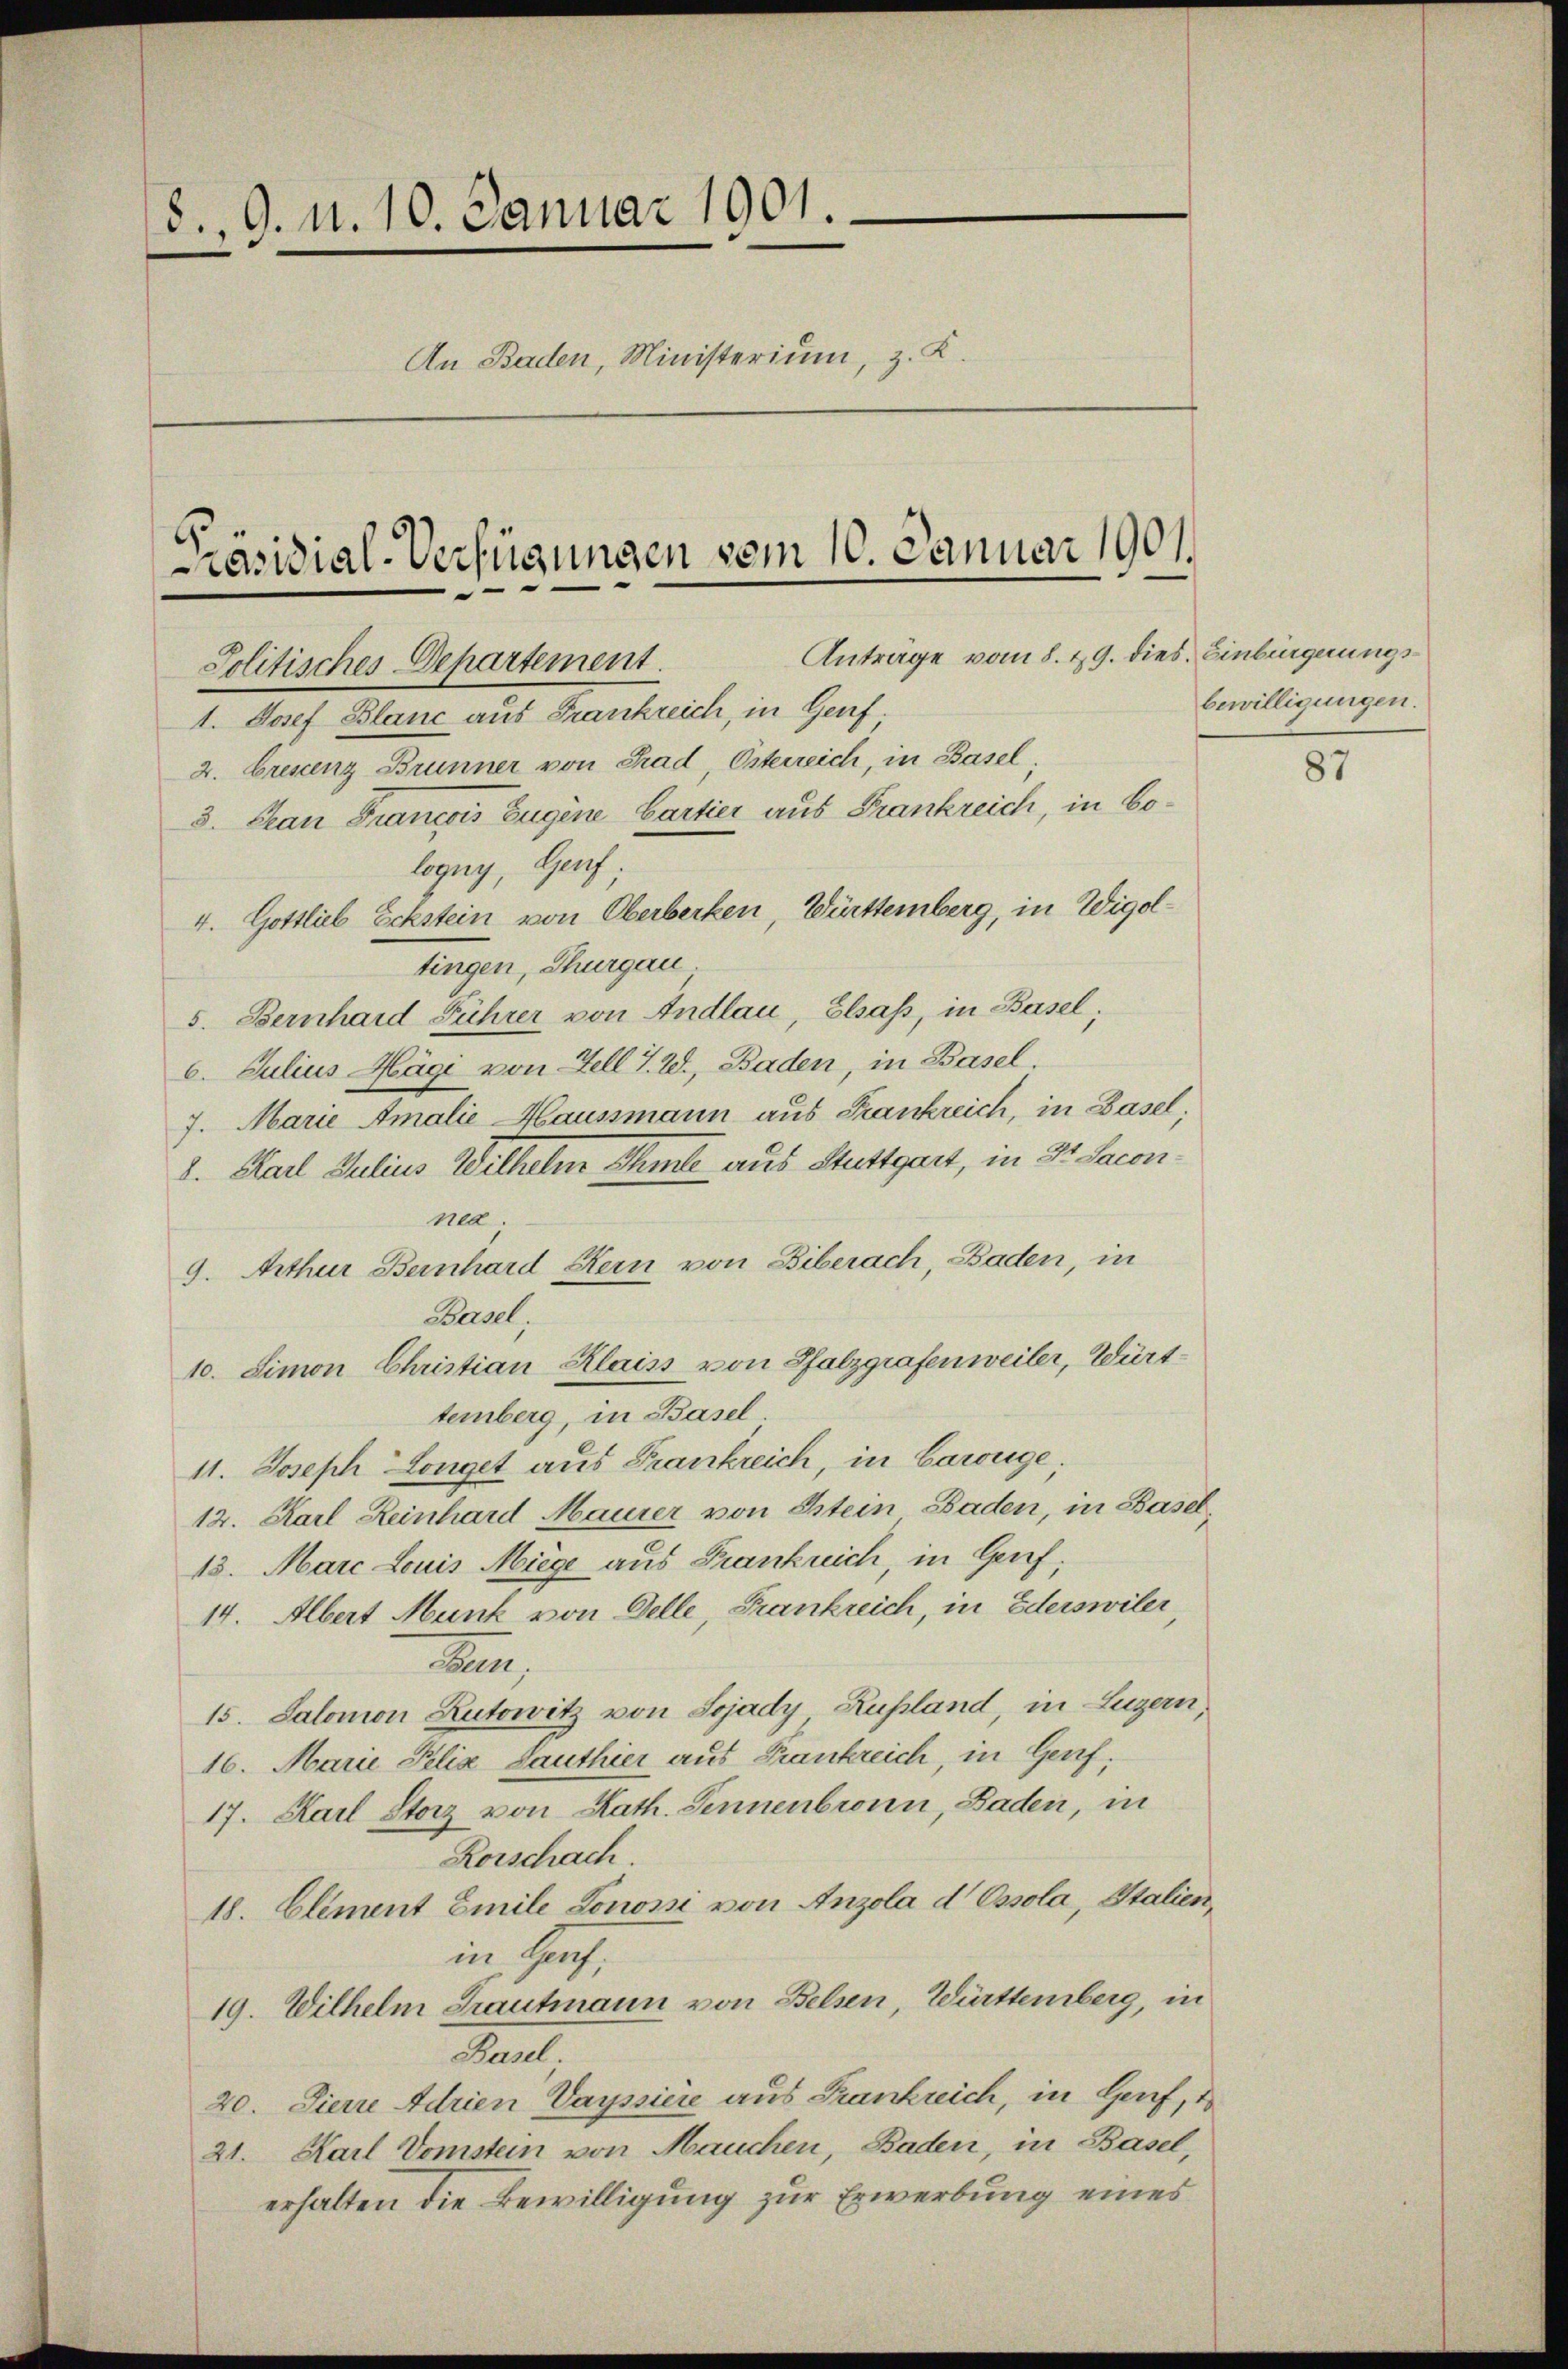
8. 9. d. 10. Januar 1901.
An Baden, Ministerium, z. K.

räsidial-Verfügungen vom 10. Januar 1901.
Anträge vom 8. 19. dies Einbürgerungs¬
Politisches Departement.
1. Josef Blanc aus Frankreich, in Genf
2. brestenz Brunner von Grad, Osterreich, in Basel;

3. Chan Francois Eugene Cartier aus Frankreich, in bologny, Genf;
4. Gottlieb Eckstein von Oberberken, Württemberg, in Wigoltingen, Thurgau.
5. Bernhard Führer von Andlau, Elsass, in Basel;
6. Julius Mägi von Fell T. W., Baden, in Basel.
7. Marie Amalie Haussmann aus Frankreich, in Basel,
2. Karl Julius Wilhelm Schule aus Stuttgart, in Dr Sacon
na.
9. Arthur Bernhard Stern von Biberach, Baden, in
Basel
10. Simon Christian Klaiss von Pfalzgrafenweiler, Württemberg, in Basel.
11. Joseph Longet aus Frankreich, in Carouge.
12. Karl Reinhard Maurer von Stein Baden, in Basel,
13. Marc Louis Miege aus Frankreich, in Genf;
14. Albert Munk von Delle, Frankreich, in Ederswiler
.
15. Salomon Kutowitz von Sojady Rußland, in Luzern,
16. Marie Pelia Lauthier aus Frankreich, in Genf,
17. Karl Storz von Kath. Sennenbronn, Baden, in
Rorschach.
18. Clement Emile Lonosi von Anzola d Ossola, Italien,
in Haus,
19. Wilhelm Grautmann von Belsen, Württemberg, in
Basel.
20. Sierre Adrien Vayssiere aus Frankreich, in Genf,
21. Karl Domstein von Mauchen, Baden, in Basel,
erhalten die Bewilligung zur Erwerbung eines

bewilligungen.

87